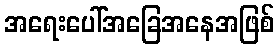
အရေးပေါ်အခြေအနေအဖြစ်